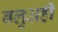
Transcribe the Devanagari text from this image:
बलुअही